Report on the bubonic plague in Bombay, 1896-1897
Year: 1896
Disease focus: Plague
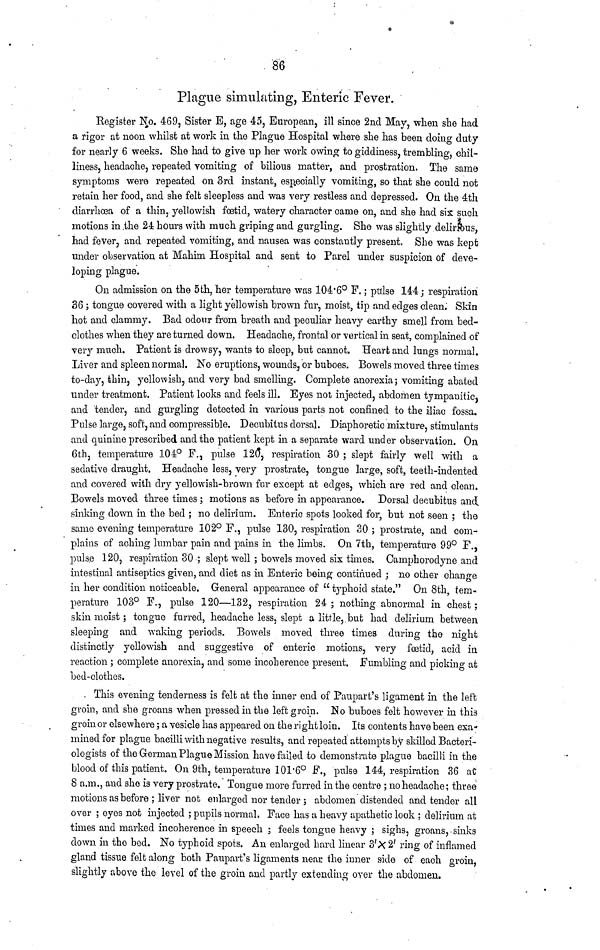
86
Plague simulating, Enteric Fever.
Register No. 469, Sister E, age 45, European, ill since 2nd May, when she had
a rigor at noon whilst at work in the Plague Hospital where she has been doing duty
for nearly 6 weeks. She had to give up her work owing to giddiness, trembling, chil-
liness, headache, repeated vomiting of bilious matter, and prostration. The same
symptoms were repeated on 3rd instant, especially vomiting, so that she could not
retain her food, and she felt sleepless and was very restless and depressed. On the 4th
diarrhœa of a thin, yellowish foetid, watery character came on, and she had six such
motions in the 24 hours with much griping and gurgling. She was slightly delirrous,
had fever, and repeated vomiting, and nausea was constantly present. She was kept
under observation at Mahim Hospital and sent to Parel under suspicion of deve-
loping plague.
On admission on the 5th, her temperature was 104.6° F. ; pulse 144; respiration
36 ; tongue covered with a light yellowish brown fur, moist, tip and edges clean. Skin
hot and clammy. Bad odour from breath and peculiar heavy earthy smell from bed-
clothes when they are turned down. Headache, frontal or vertical in seat, complained of
very much. Patient is drowsy, wants to sleep, but cannot. Heart and lungs normal.
Liver and spleen normal. No eruptions, wounds, or buboes. Bowels moved three times
to-day, thin, yellowish, and very bad smelling. Complete anorexia; vomiting abated
under treatment. Patient looks and feels ill. Eyes not injected, abdomen tympanitic,
and tender, and gurgling detected in various parts not confined to the iliac fossa.
Pulse large, soft, and compressible. Decubitus dorsal. Diaphoretic mixture, stimulants
and quinine prescribed and the patient kept in a separate ward und er observation. On
6th, temperature 104° F., pulse 120, respiration 30 ; slept fairly well with a
sedative draught. Headache less, very prostrate, tongue large, soft, teeth-indented
and covered with dry yellowish-brown fur except at edges, which are red and clean.
Bowels moved three times ; motions as before in appearance. Dorsal decubitus and
sinking down in the bed ; no delirium. Enteric spots looked for, but not seen ; the
same evening temperature 102° F., pulse 130, respiration 30 ; prostrate, and com-
plains of aching lumbar pain and pains in the limbs. On 7th, temperature 99° F.,
pulse 120, respiration 30 ; slept well ; bowels moved six times. Camphorodyne and
intestinal antiseptics given, and diet as in Enteric being continued ; no other change
in her condition noticeable. General appearance of " typhoid state." On 8th, tem-
perature 103° F., pulse 120—132, respiration 24 ; nothing abnormal in chest ;
skin moist ; tongue furred, headache less, slept a little, but had delirium between
sleeping and waking periods. Bowels moved three times during the night
distinctly yellowish and suggestive of enteric motions, very foetid, acid in
reaction ; complete anorexia, and some incoherence present. Fumbling and picking at
bed-clothes.
This evening tenderness is felt at the inner end of Paupart's ligament in the left
groin, and she groans when pressed in the left groin. No buboes felt however in this
groin or elsewhere ; a vesicle has appeared on the right loin. Its contents have been exa-
mined for plague bacilli with negative results, and repeated attempts by skilled Bacteri-
ologists of the German Plague Mission have failed to demonstrate plague bacilli in the
blood of this patient. On 9th, temperature 101.6º F., pulse 144, respiration 36 at
8 a.m., and she is very prostrate. Tongue more furred in the centre ; no headache ; three
motions as before ; liver not enlarged nor tender ; abdomen distended and tender all
over ; eyes not injected ; pupils normal. Face has a heavy apathetic look ; delirium at
times and marked incoherence in speech ; feels tongue heavy ; sighs, groans, sinks
clown in the bed. No typhoid spots. An enlarged hard linear 3' X 2' ring of inflamed
gland tissue felt along both Paupart's ligaments near the inner side of each groin,
slightly above the level of the groin and partly extending over the abdomen.